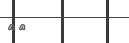
٥٣